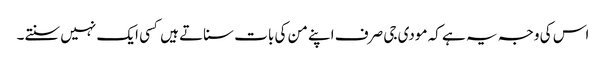
اس کی وجہ یہ ہے کہ مودی جی صرف اپنے من کی بات سناتے ہیں کسی ایک نہیں سنتے۔